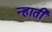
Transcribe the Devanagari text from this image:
न्हाती